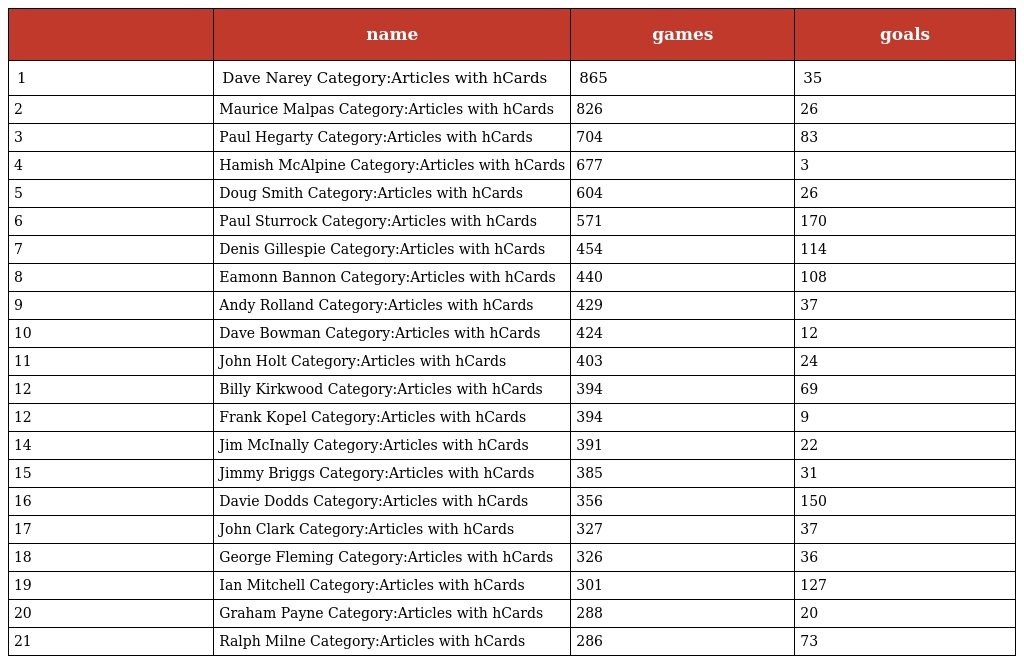
|  | name | games | goals |
 | --- | --- | --- | --- |
 | 1 | Dave Narey Category:Articles with hCards | 865 | 35 |
 | 2 | Maurice Malpas Category:Articles with hCards | 826 | 26 |
 | 3 | Paul Hegarty Category:Articles with hCards | 704 | 83 |
 | 4 | Hamish McAlpine Category:Articles with hCards | 677 | 3 |
 | 5 | Doug Smith Category:Articles with hCards | 604 | 26 |
 | 6 | Paul Sturrock Category:Articles with hCards | 571 | 170 |
 | 7 | Denis Gillespie Category:Articles with hCards | 454 | 114 |
 | 8 | Eamonn Bannon Category:Articles with hCards | 440 | 108 |
 | 9 | Andy Rolland Category:Articles with hCards | 429 | 37 |
 | 10 | Dave Bowman Category:Articles with hCards | 424 | 12 |
 | 11 | John Holt Category:Articles with hCards | 403 | 24 |
 | 12 | Billy Kirkwood Category:Articles with hCards | 394 | 69 |
 | 12 | Frank Kopel Category:Articles with hCards | 394 | 9 |
 | 14 | Jim McInally Category:Articles with hCards | 391 | 22 |
 | 15 | Jimmy Briggs Category:Articles with hCards | 385 | 31 |
 | 16 | Davie Dodds Category:Articles with hCards | 356 | 150 |
 | 17 | John Clark Category:Articles with hCards | 327 | 37 |
 | 18 | George Fleming Category:Articles with hCards | 326 | 36 |
 | 19 | Ian Mitchell Category:Articles with hCards | 301 | 127 |
 | 20 | Graham Payne Category:Articles with hCards | 288 | 20 |
 | 21 | Ralph Milne Category:Articles with hCards | 286 | 73 |